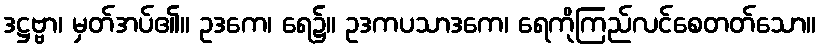
ဒဋ္ဌဗ္ဗာ၊ မှတ်အပ်၏။ ဥဒကေ၊ ရေ၌။ ဥဒကပသာဒကေ၊ ရေကိုကြည်လင်စေတတ်သော။